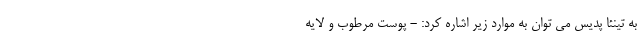
به تینئا پدیس می توان به موارد زیر اشاره کرد: - پوست مرطوب و لایه